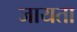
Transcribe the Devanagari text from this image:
जायता